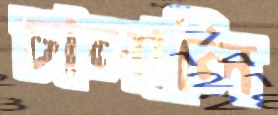
চালালি